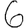
Digit: 6